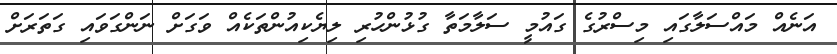
އަނެއް މައްސަލާގައި މިސްރުގެ ގައުމީ ސަލާމަތާ ގުޅުންހުރި ލިޔެކިއުންތަކެއް ވަގަށް ނަންގަވައި ގަތަރަށް